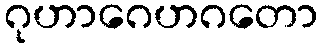
ဂုဟာဂေဟဂတော